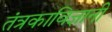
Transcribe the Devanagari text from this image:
तंत्रकाविज्ञानी